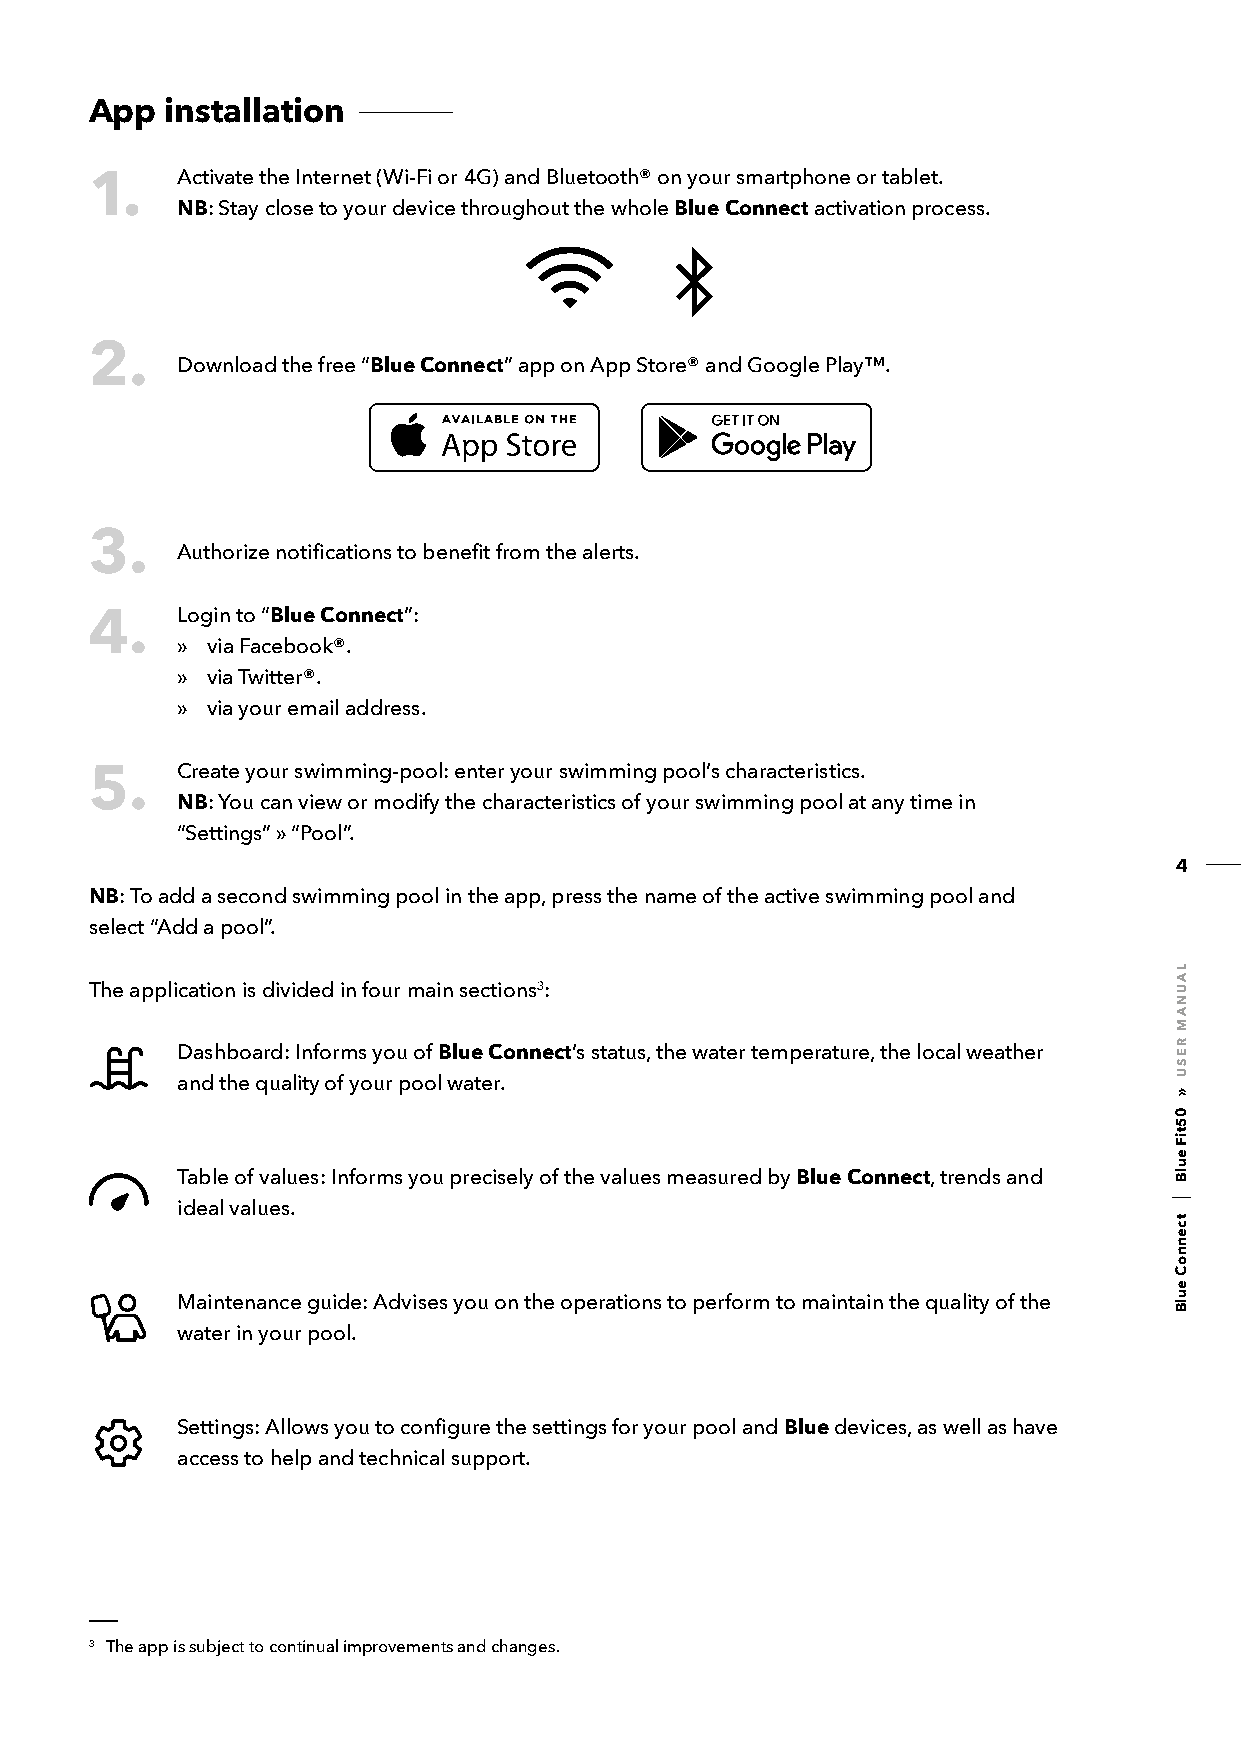
App  installation
 Activate the Internet (Wi-Fi or 4G) and Bluetooth® on your smartphone or tablet.
 1.
 NB: Stay close to your device throughout the whole Blue Connect activation process.
 2.
 Download the free “Blue Connect” app on App Store® and Google Play™.
 3.
 Authorize notifications to benefit from the alerts.
 Login to “Blue Connect”:
 4.
 » via Facebook®.
 » via Twitter®.
 » via your email address.
 Create your swimming-pool: enter your swimming pool’s characteristics.
 5.
 NB: You can view or modify the characteristics of your swimming pool at any time in
 “Settings” » “Pool”.
 4
 NB: To add a second swimming pool in the app, press the name of the active swimming pool and
 select “Add a pool”.
 The application is divided in four main sections3:
 Dashboard: Informs you of Blue Connect’s status, the water temperature, the local weather
 and the quality of your pool water.
 Table of values: Informs you precisely of the values measured by Blue Connect, trends and
 ideal values.
 Maintenance guide: Advises you on the operations to perform to maintain the quality of the
 water in your pool.
 Settings: Allows you to configure the settings for your pool and Blue devices, as well as have
 access to help and technical support.
 3 The app is subject to continual improvements and changes.
 LAUNAM
 RESU
 »
 05tiF
 eulB
 tcennoC
 eulB